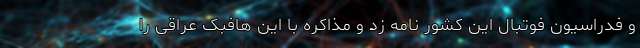
و فدراسیون فوتبال این کشور نامه زد و مذاکره با این هافبک عراقی را